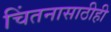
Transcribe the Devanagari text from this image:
चिंतनासाठीही